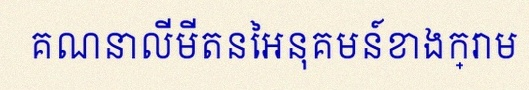
គណនាលីមីតនៃអនុគមន៍ខាងក្រោម